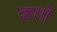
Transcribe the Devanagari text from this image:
व्हतो